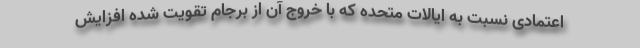
اعتمادی نسبت به ایالات متحده که با خروج آن از برجام تقویت شده افزایش